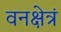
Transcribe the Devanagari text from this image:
वनक्षेत्रं